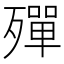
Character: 殫